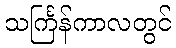
သင်္ကြန်ကာလတွင်